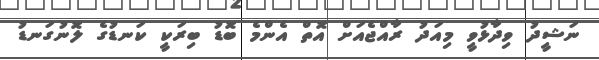
ނަޝީދު ވިދާޅުވީ މިއަދު ރާއްޖެއަށް އޮތް އެންމެ ބޮޑު ބިރަކީ ކަނޑުގެ ލޮނުގަނޑު